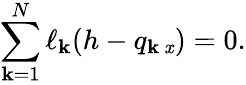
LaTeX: \sum_{\mathbf{k}=1}^{N}\ell_{\mathbf{k}}(h-q_{\mathbf{k}\, \mathit{x}})=0.